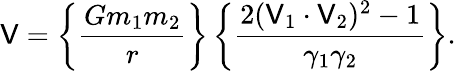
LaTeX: \mathsf{V}=\left\{ {\frac{{Gm_{1}m_{2}}}{{r}}}\right\} \left\{ {\frac{{2(\mathsf{V}_{1}\cdot\mathsf{V}_{2})^{2}-1}}{{\gamma_{1}\gamma_{2}}}}\right\} .